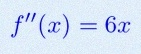
f''(x)=6x